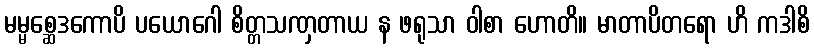
မမ္မစ္ဆေဒကောပိ ပယောဂေါ စိတ္တသဏှတာယ န ဖရုသာ ဝါစာ ဟောတိ။ မာတာပိတရော ဟိ ကဒါစိ